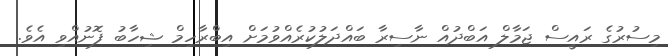
މިސުރުގެ ރައީސް ޖަމާލް އަބްދުއް ނާސިރާ ބައްދަލުކުރެއްވުމަށް އިބްރާހިމް ޝިހާބު ފޮނުއްވި އެވެ.